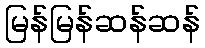
မြန်မြန်ဆန်ဆန်